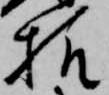
様